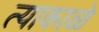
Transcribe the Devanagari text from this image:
त्याकाळे